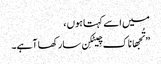
میں اسے کہتا ہوں ،
” تُجھا ناک چِیٹکِن سارکھا آہے۔